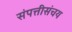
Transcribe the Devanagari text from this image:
संपत्तीसंचय